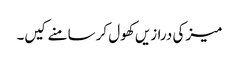
میز کی درازیں کھول کر سامنے کیں۔